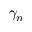
\gamma _ { n }